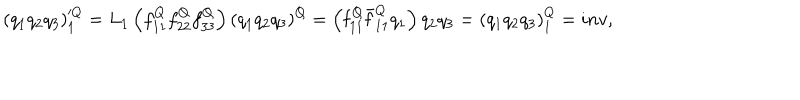
\left( q _ { 1 } q _ { 2 } q _ { 3 } \right) _ { 1 } ^ { Q } = L _ { 1 } \left( f _ { 1 1 } ^ { Q } f _ { 2 2 } ^ { Q } f _ { 3 3 } ^ { Q } \right) \left( q _ { 1 } q _ { 2 } q _ { 3 } \right) ^ { Q } = \left( { \bf f } _ { 1 1 } ^ { Q } \bar { { \bf f } } _ { 1 1 } ^ { Q } q _ { 1 } \right) q _ { 2 } q _ { 3 } = \left( q _ { 1 } q _ { 2 } q _ { 3 } \right) _ { 1 } ^ { Q } = i n v ,